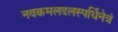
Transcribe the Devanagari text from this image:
नवकमलदलस्पर्धिनेत्रं